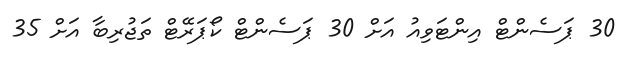
30 ޕަސެންޓް އިންޓަވިއު އަށް 30 ޕަސެންޓް ކޯޕަރޭޓް ތަޖުރިބާ އަށް 35